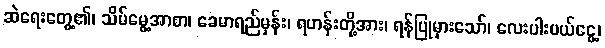
ဆဲရေးတွေ့၏၊ သိမ်မွေ့အာစာ၊ ခေမာရည်မှန်း၊ ရဟန်းတို့အား၊ ရန်ပြုမှားသော်၊ လေးပါးပယ်ငွေ့၊